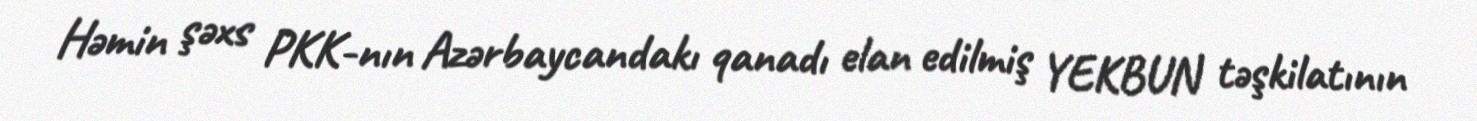
Həmin şəxs PKK-nın Azərbaycandakı qanadı elan edilmiş YEKBUN təşkilatının